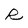
Character: R